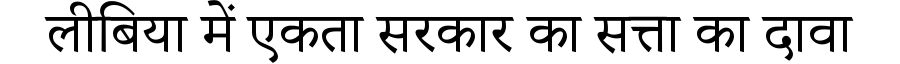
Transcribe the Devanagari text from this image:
लीबिया में एकता सरकार का सत्ता का दावा